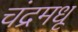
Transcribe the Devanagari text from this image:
चंद्रमधू